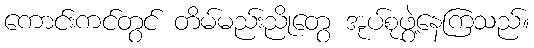
ကောင်းကင်တွင် တိမ်မည်းညိုတွေ အုပ်စုဖွဲ့နေကြသည်။